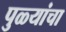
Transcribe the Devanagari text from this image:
पुळ्यांचा